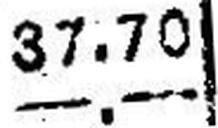
—.—